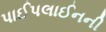
પાઈપલાઈનની